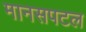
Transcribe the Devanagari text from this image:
मानसपटल